Vaccination North-Western Provinces 1866-1877 - 1866-1877
Year: 1866
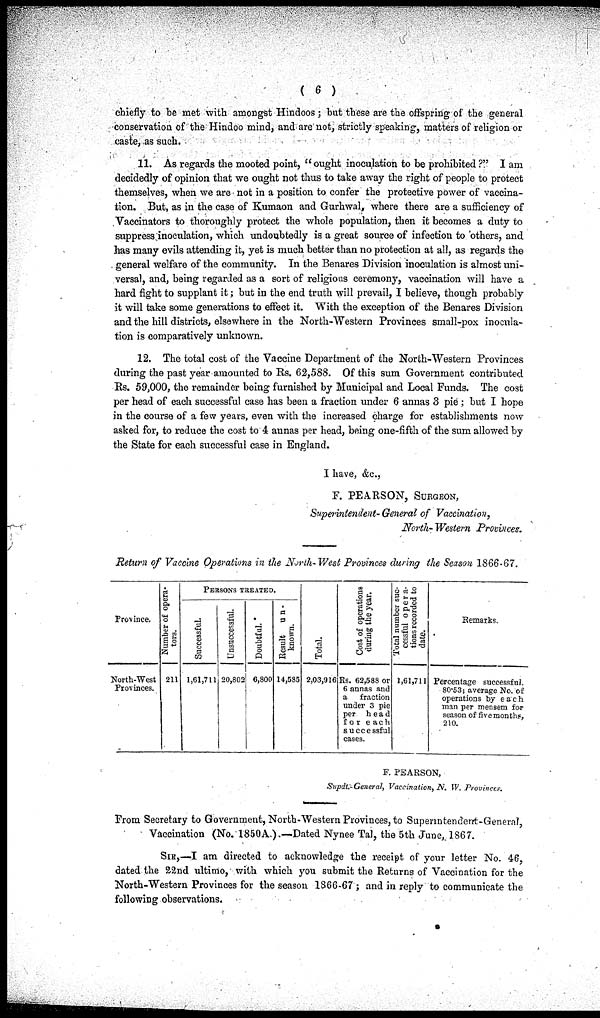
( 6 )
chiefly to be met with amongst Hindoos ; but these are the offspring of the general
conservation of the Hindoo mind, and are not, strictly speaking, matters of religion or
caste, as such.
11. As regards the mooted point, "ought inoculation to be prohibited ?" I am
decidedly of opinion that we ought not thus to take away the right of people to protect
themselves, when we are not in a position to confer the protective power of vaccina-
tion. But, as in the case of Kumaon and Gurhwal, where there are a sufficiency of
Vaccinators to thoroughly protect the whole population, then it becomes a duty to
suppress inoculation, which undoubtedly is a great source of infection to others, and
has many evils attending it, yet is much better than no protection at all, as regards the
general welfare of the community. In the Benares Division inoculation is almost uni-
versal, and, being regarded as a sort of religious ceremony, vaccination will have a
hard fight to supplant it; but in the end truth will prevail, I believe, though probably
it will take some generations to effect it. With the exception of the Benares Division
and the hill districts, elsewhere in the North-Western Provinces small-pox inocula-
tion is comparatively unknown.
12. The total cost of the Vaccine Department of the North-Western Provinces
during the past year amounted to Rs. 62,588. Of this sum Government contributed
Rs. 59,000, the remainder being furnished by Municipal and Local Funds. The cost
per head of each successful case has been a fraction under 6 annas 3 pie ; but I hope
in the course of a few years, even with the increased charge for establishments now
asked for, to reduce the cost to 4 annas per head, being one-fifth of the sum allowed by
the State for each successful case in England.
I have, &c.,
F. PEARSON, SURGEON,
Superintendent-General of Vaccination,
North-Western Provinces.
Return of Vaccine Operations in the North-West Provinces during the Season 1866-67.
Province.
North-West
Provinces.
Number of opera-
tors.
211
PERSONS TREATED.
Successful.
1,61,711
Unsuccessful.
20,802
Doubtful.
6,800
Result un -
known.
14,585
Total.
2,03,916
Cost of operations
during the year.
Rs. 62,588 or
6 annas and
a
fraction
under 3 pie
per
head
for each
successful
cases.
Total number suc-
cessful opera-
tions recorded to
date.
1,61,711
Remarks.
Percentage successful.
80.53; average No. of
operations by each
man per mensem for
season of five months,
210.
F. PEARSON,
Supdt.-General, Vaccination, N. W. Provinces.
From Secretary to Government, North-Western Provinces, to Superntendent-General,
Vaccination (No. 1850A,).—Dated Nynee Tal, the 5th June, 1867.
SIR,—I am directed to acknowledge the receipt of your letter No. 46,
dated the 22nd ultimo, with which you submit the Returns of Vaccination for the
North-Western Provinces for the season 1866-67 ; and in reply to communicate the
following observations.